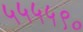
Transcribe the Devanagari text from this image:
५५५५९०